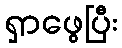
ရှာဖွေပြီး